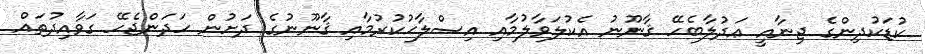
ކުޑަކުދިންގެ ޖިނާއީ ޢަދުލާބެހޭ ޤާނޫނު އެކުލަވާލުމާއި އިޞްލާޙުކުރުމާއި ޤާނޫނުގެ ދަށުން ހަދަންޖެހޭ ގަވާއިދުތައް